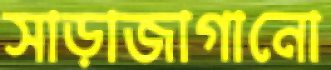
সাড়াজাগানো